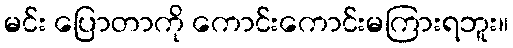
မင်း ပြောတာကို ကောင်းကောင်းမကြားရဘူး။